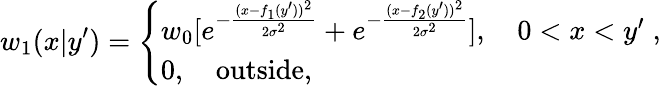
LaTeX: w_{1}(x|y^{\prime})=\left\{ \begin{array}{l}{{w_{0}}[e^{-{\frac{(x-f_{1}(y^{\prime}))^{2}}{2\sigma^{2}}}}+e^{-{\frac{(x-f_{2}(y^{\prime}))^{2}}{2\sigma^{2}}}}],\quad 0<x<y^{\prime}\; ,}\\ {0,\quad\mathrm{outside,}}\end{array}\right.